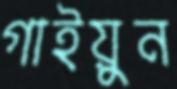
গাইয়ুন